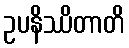
ဥပနိဿိတာတိ